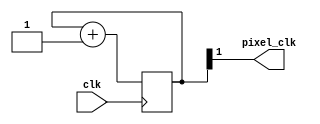
module pixel_clk_gen
(
	input clk,
	output pixel_clk
);
    reg [1:0] counter;

    assign pixel_clk = counter[1];

    always @(posedge clk) begin
	   counter = counter + 1;
    end
endmodule